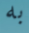
به